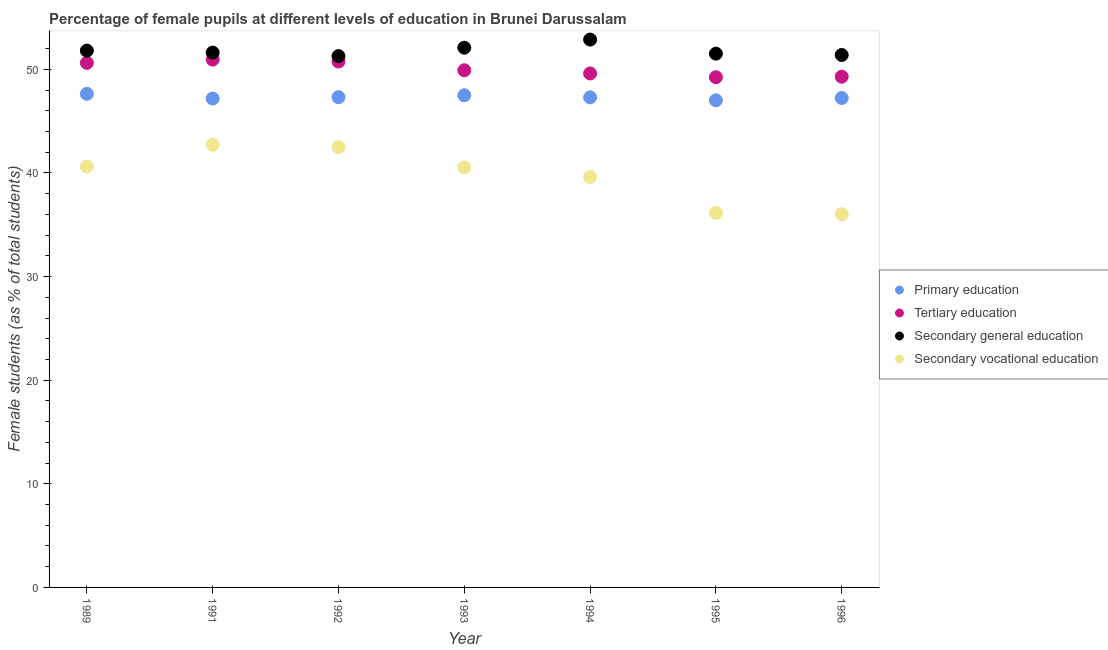
| Year | Primary education | Tertiary education | Secondary general education | Secondary vocational education |
 | --- | --- | --- | --- | --- |
 | 1989 | 47.6 | 50.6 | 51.8 | 40.6 |
 | 1991 | 47.2 | 50.9 | 51.6 | 42.7 |
 | 1992 | 47.3 | 50.8 | 51.3 | 42.5 |
 | 1993 | 47.5 | 49.9 | 52.1 | 40.5 |
 | 1994 | 47.3 | 49.6 | 52.9 | 39.6 |
 | 1995 | 47 | 49.2 | 51.5 | 36.1 |
 | 1996 | 47.2 | 49.3 | 51.4 | 36 |